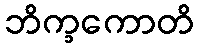
ဘိက္ခကောတိ